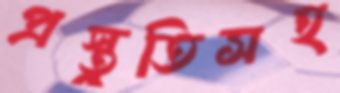
প্রস্তুতিসহ